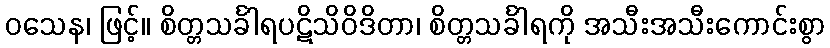
ဝသေန၊ ဖြင့်။ စိတ္တသင်္ခါရပဋိသိဝိဒိတာ၊ စိတ္တသင်္ခါရကို အသီးအသီးကောင်းစွာ